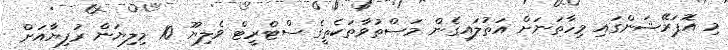
މި އޮޕަރޭޝަންގައި މިހާތަނަށް އަތުލައިގެން މަސްތުވާތަކެތީގެ ސްޓްރީޓް ވެލިޔޫ 10 މިލިޔަން ރުފިޔާއަށް